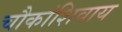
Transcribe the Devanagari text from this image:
चौकांशिवाय